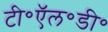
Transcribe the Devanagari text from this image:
टी॰ऍल॰डी॰